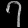
Digit: ၇